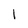
Character: l